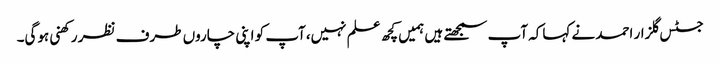
جسٹس گلزار احمد نے کہاکہ آپ سمجھتے ہیں ہمیں کچھ علم نہیں،آپ کو اپنی چاروں طرف نظر رکھنی ہوگی۔